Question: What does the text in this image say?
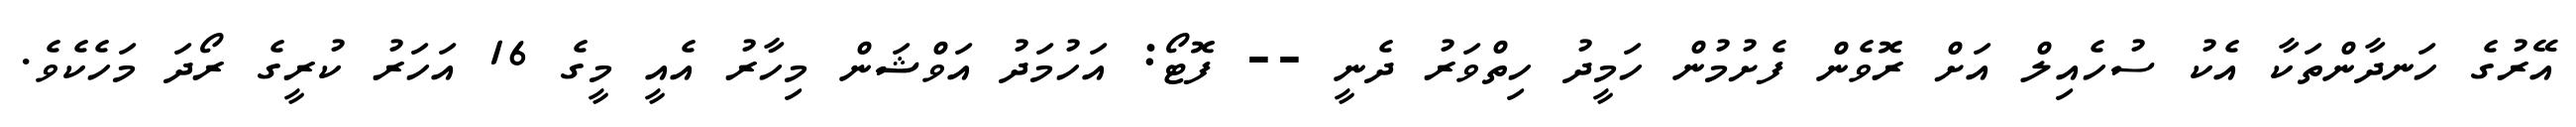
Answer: އޭރުގެ ހަނދާންތަކާ އެކު ސުހެއިލް އަށް ރޮވެން ފެށުމުން ހަމީދު ހިތްވަރު ދެނީ -- ފޮޓޯ: އަހުމަދު އަވްޝަން މިހާރު އެއީ މީގެ 16 އަހަރު ކުރީގެ ރޯދަ މަހެކެވެ.